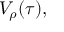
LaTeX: V _ { \rho } ( \tau ) ,